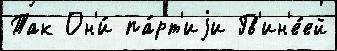
Так Он'и́ па́рт'иjи Гв'ин'е́ей